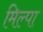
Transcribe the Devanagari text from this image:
मिल्पा